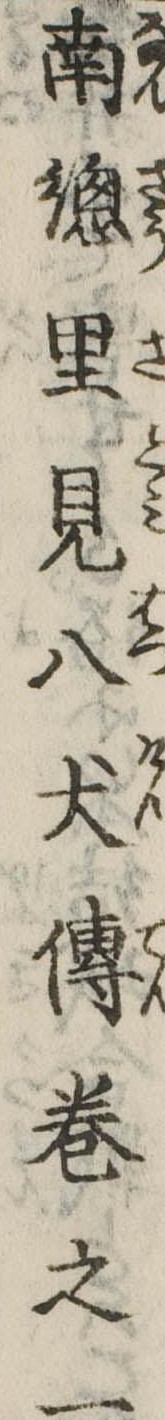
南総里見八犬伝巻之一